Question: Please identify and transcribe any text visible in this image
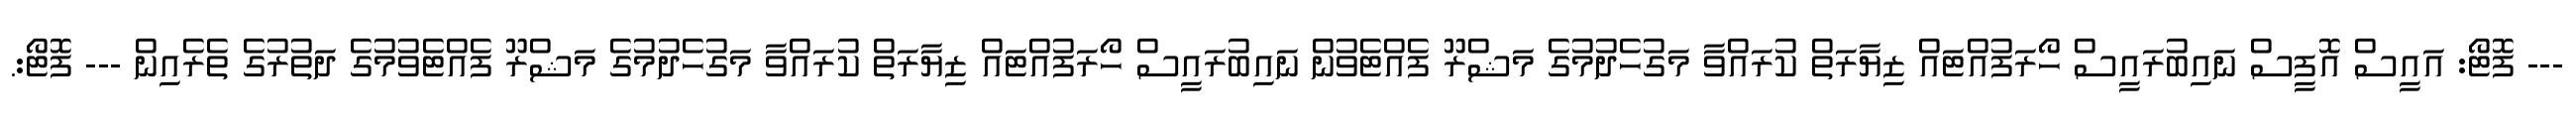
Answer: --- ފޮޓޯ: އައީސް އޮފީސް ނައިބުރައީސް ހޯރަފުއްޓައް ޒިޔާރަތް ކުރައްވާ މަގުހެދުމުގެ މަޝްރޫ ފެއްޓެވުން ނައިބުރައީސް ހޯރަފުއްޓައް ޒިޔާރަތް ކުރައްވާ މަގުހެދުމުގެ މަޝްރޫ ފެއްޓެވުމުގެ ދަތުރުގެ ތެރެއިން --- ފޮޓޯ:.